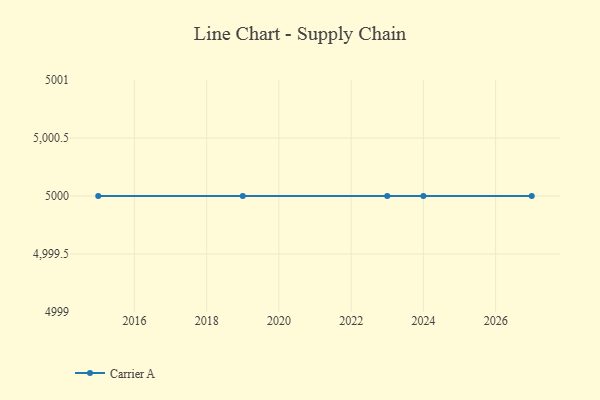
{"axis": {"x": "Year", "y": "Tickets Resolved"}, "legend": ["Carrier A"], "data": [{"x": "2027", "y": 5000, "type": "Carrier A"}, {"x": "2019", "y": 5000, "type": "Carrier A"}, {"x": "2024", "y": 5000, "type": "Carrier A"}, {"x": "2023", "y": 5000, "type": "Carrier A"}, {"x": "2015", "y": 5000, "type": "Carrier A"}]}